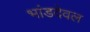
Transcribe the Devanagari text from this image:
भांडदेवल